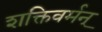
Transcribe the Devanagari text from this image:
शक्तिवर्मन्‌